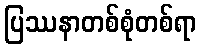
ပြဿနာတစ်စုံတစ်ရာ